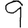
Digit: 9